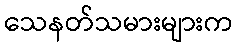
သေနတ်သမားများက